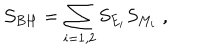
LaTeX: { \cal S } _ { B H } = \sum _ { i = 1 , 2 } S _ { E _ { i } } S _ { M _ { i } } \; ,